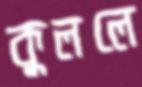
কুললে